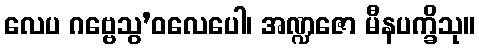
လေပ ဂဗ္ဗေသွ’ဝလေပေါ၊ အဏ္ဍဇော မီနပက္ခိသု။